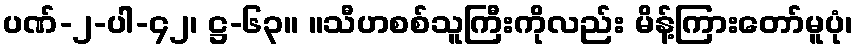
ပဏ်-၂-ပါ-၄၂၊ ဋ္ဌ-၆၃။ ။သီဟစစ်သူကြီးကိုလည်း မိန့်ကြားတော်မူပုံ၊